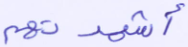
أشهدتهم